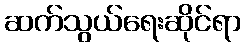
ဆက်သွယ်ရေးဆိုင်ရာ